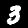
Label: 3